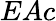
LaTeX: EAc